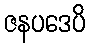
ဇနပဒေပိ